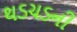
થડચડની